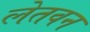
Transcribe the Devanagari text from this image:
लेतवन